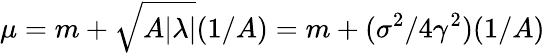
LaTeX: \mu=m+\sqrt{A|\lambda|}(1/A)=m+(\sigma^{2}/4\gamma^{2})(1/A)